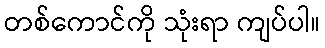
တစ်ကောင်ကို သုံးရာ ကျပ်ပါ။